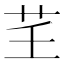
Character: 𦬰